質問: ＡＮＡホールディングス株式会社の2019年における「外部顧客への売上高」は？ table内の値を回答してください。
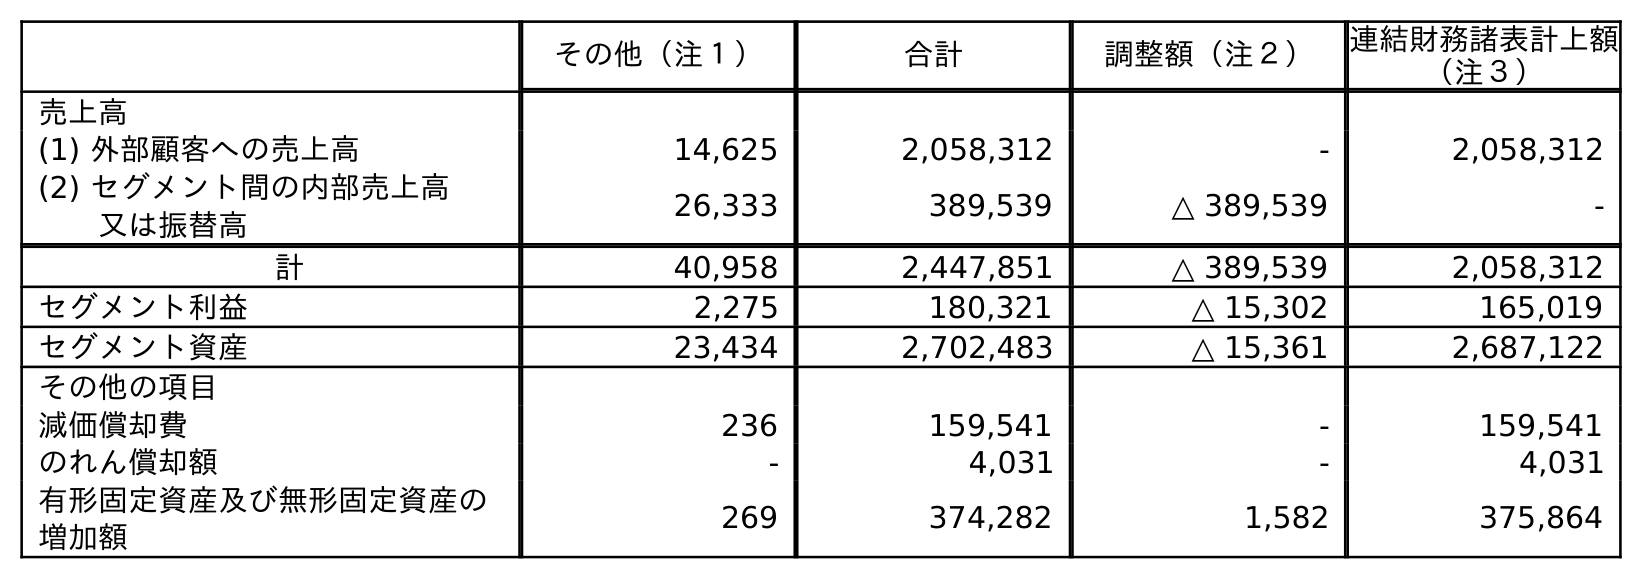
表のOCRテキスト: その他（注１） 合計 調整額（注２） 連結財務諸表計上額 （注３） 売上高 (1) 外部顧客への売上高 14,625 2,058,312 - 2,058,312 (2) セグメント間の内部売上高 又は振替高 26,333 389,539 △ 389,539 - 計 40,958 2,447,851 △ 389,539 2,058,312 セグメント利益 2,275 180,321 △ 15,302 165,019 セグメント資産 23,434 2,702,483 △ 15,361 2,687,122 その他の項目 減価償却費 236 159,541 - 159,541 のれん償却額 - 4,031 - 4,031 有形固定資産及び無形固定資産の 増加額 269 374,282 1,582 375,864
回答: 2,058,312